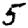
Digit: 5